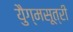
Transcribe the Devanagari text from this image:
युैग्मसूत्री